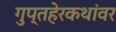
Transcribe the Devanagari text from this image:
गुप्तहेरकथांवर